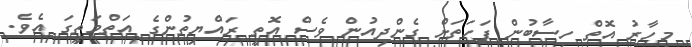
މިހާރު އޮތް ހިސާބުން ފަހަތަށް ގެންދިއުން ވެސް އޮތީ ރައްޔިތުންގެ އަތްމަތީގަ އެވެ.